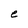
Character: e